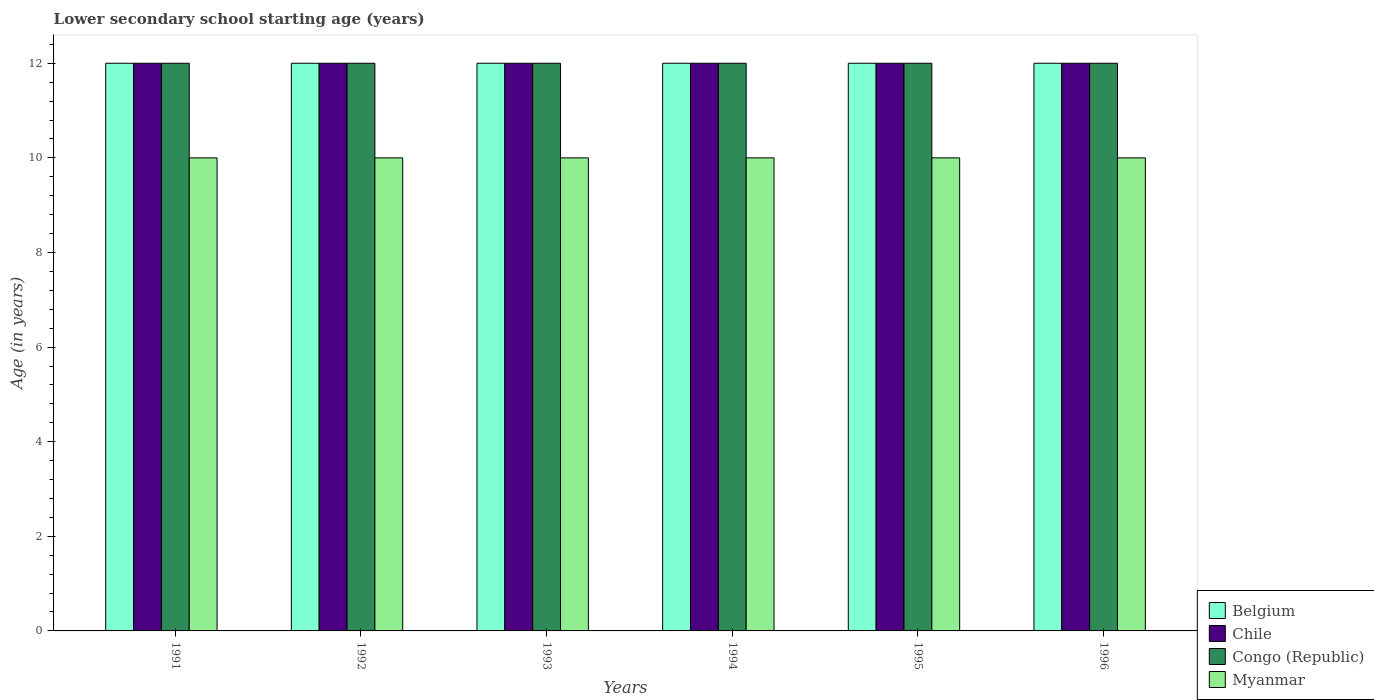
| Years | Belgium | Chile | Congo (Republic) | Myanmar |
 | --- | --- | --- | --- | --- |
 | 1991 | 12 | 12 | 12 | 10 |
 | 1992 | 12 | 12 | 12 | 10 |
 | 1993 | 12 | 12 | 12 | 10 |
 | 1994 | 12 | 12 | 12 | 10 |
 | 1995 | 12 | 12 | 12 | 10 |
 | 1996 | 12 | 12 | 12 | 10 |